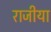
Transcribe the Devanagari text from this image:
राजीया